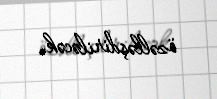
özəlləşdiriləcək.